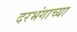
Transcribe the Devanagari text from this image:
दरभंगाच्या